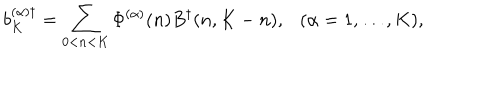
b _ { K } ^ { ( \alpha ) \dagger } = \sum _ { 0 < n < K } \Phi ^ { ( \alpha ) } ( n ) B ^ { \dagger } ( n , K - n ) , \ \ \ ( \alpha = 1 , \ldots , K ) ,